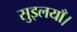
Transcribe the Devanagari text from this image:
सुइलयाँ।